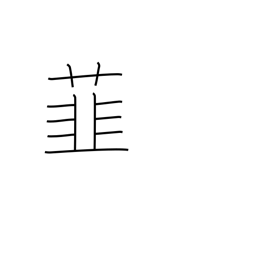
Meaning: leek